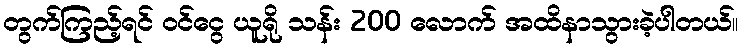
တွက်ကြည့်ရင် ဝင်ငွေ ယူရို သန်း 200 လောက် အထိနာသွားခဲ့ပါတယ်။